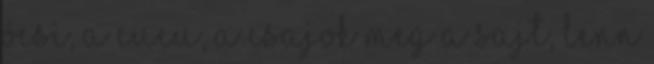
Öcsi, a Cucu, a csajok meg a Sajt, lenn